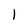
Character: 1